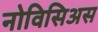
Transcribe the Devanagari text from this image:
नोविसिअस